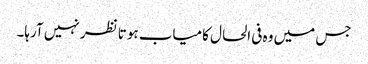
جس میں وہ فی الحال کامیاب ہوتا نظر نہیں آرہا۔